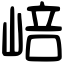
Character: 㟝